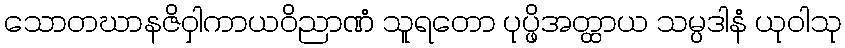
သောတဃာနဇိဝှါကာယဝိညာဏံ သူရတော ပုပ္ဖိအတ္ထာယ သမ္ပဒါနံ ယုဝါသု